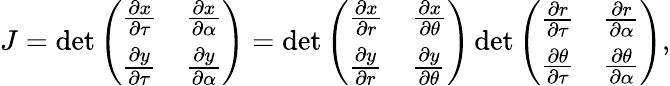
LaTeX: \begin{array}{r}{J=\operatorname*{det}\left(\begin{array}{ll}{\frac{\partial x}{\partial\tau}}&{\frac{\partial x}{\partial\alpha}}\\ {\frac{\partial y}{\partial\tau}}&{\frac{\partial y}{\partial\alpha}}\end{array}\right)=\operatorname*{det}\left(\begin{array}{ll}{\frac{\partial x}{\partial r}}&{\frac{\partial x}{\partial\theta}}\\ {\frac{\partial y}{\partial r}}&{\frac{\partial y}{\partial\theta}}\end{array}\right)\operatorname*{det}\left(\begin{array}{ll}{\frac{\partial r}{\partial\tau}}&{\frac{\partial r}{\partial\alpha}}\\ {\frac{\partial\theta}{\partial\tau}}&{\frac{\partial\theta}{\partial\alpha}}\end{array}\right),}\end{array}